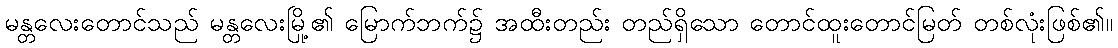
မန္တလေးတောင်သည် မန္တလေးမြို့၏ မြောက်ဘက်၌ အထီးတည်း တည်ရှိသော တောင်ထူးတောင်မြတ် တစ်လုံးဖြစ်၏။